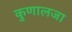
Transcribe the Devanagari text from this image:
कुणालजा